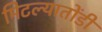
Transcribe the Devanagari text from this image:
मिटल्यातोंडी